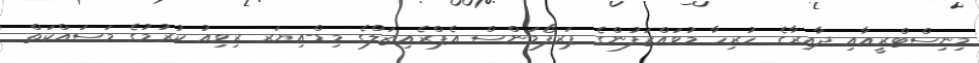
މިނިސްޓްރީއާއި ދާއިރާގެ ހުރިހާ މުވައްޒަފުންގެ ޕަރފޯމަންސް އެޕްރެއިޒަލްގެ މިޑް-އިޔަރ ރިވިއު ކުރުމުގެ މަސައްކަތް